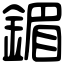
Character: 鎇